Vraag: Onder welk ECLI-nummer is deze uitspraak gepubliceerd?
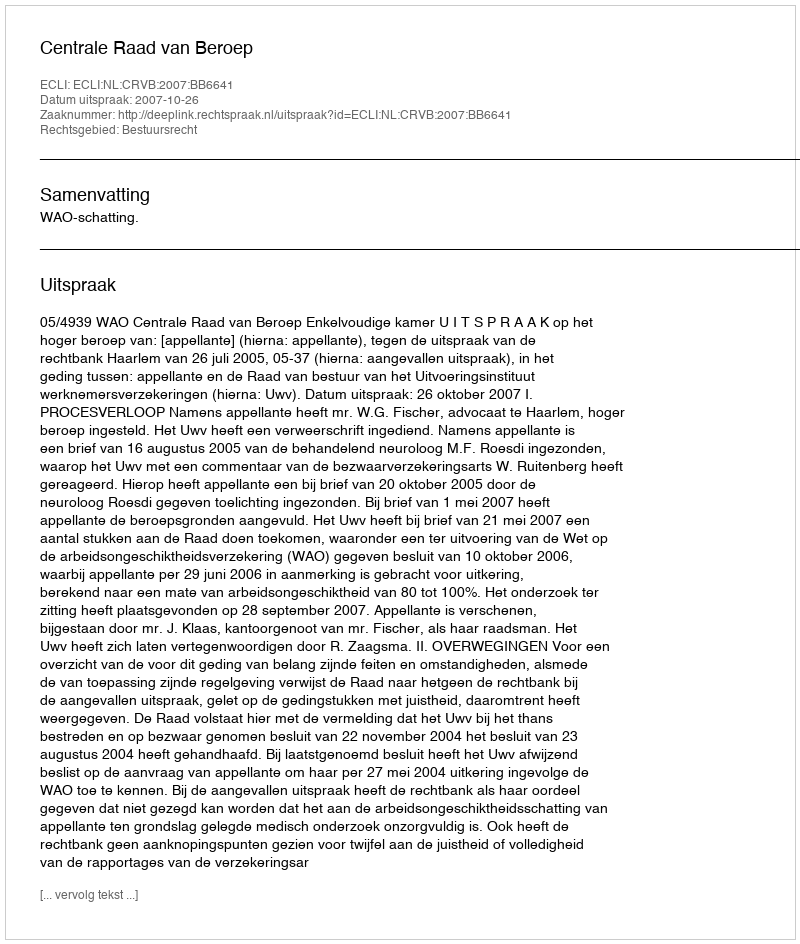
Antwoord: ECLI:NL:CRVB:2007:BB6641